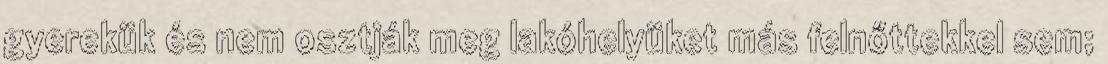
gyerekük és nem osztják meg lakóhelyüket más felnőttekkel sem;